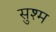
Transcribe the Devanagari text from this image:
सुश्म